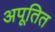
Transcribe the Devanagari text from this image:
अपूतित